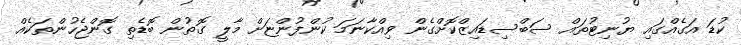
ކުޑަ އަގެއްގައި ޔުނިޓުތައް ސަބްސިޑައިޒްކޮށްގެން ވިއްކާނަމަ ކުންފުންޏަށް މާލީ ގޮތުން ބޮޑެތި ގޮންޖެހުންތަކެއް